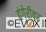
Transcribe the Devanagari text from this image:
हंगेरीवर